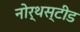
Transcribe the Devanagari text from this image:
नोर्थस्टीड